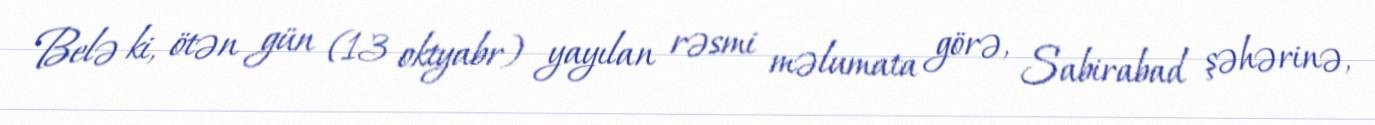
Belə ki, ötən gün (13 oktyabr) yayılan rəsmi məlumata görə, Sabirabad şəhərinə,